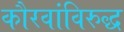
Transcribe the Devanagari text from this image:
कौरवांविरुद्ध